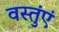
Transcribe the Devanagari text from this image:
वस्तुंएं